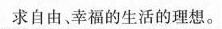
求自由、幸福的生活的理想。